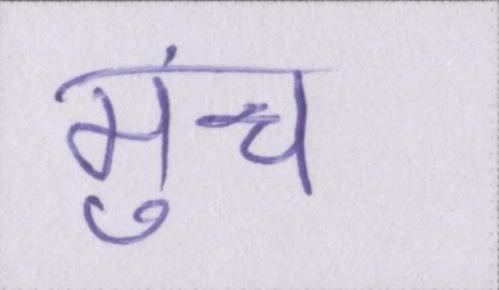
मुंच